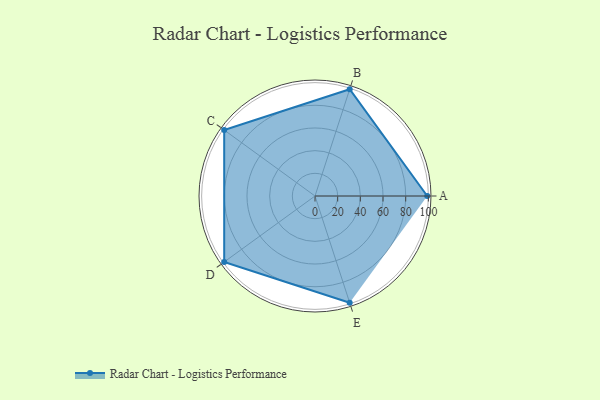
{"axis": {"x": "Skill", "y": "Score"}, "legend": ["Profile"], "data": [{"x": "A", "y": 99, "type": "Profile"}, {"x": "B", "y": 99, "type": "Profile"}, {"x": "C", "y": 99, "type": "Profile"}, {"x": "D", "y": 99, "type": "Profile"}, {"x": "E", "y": 99, "type": "Profile"}]}